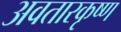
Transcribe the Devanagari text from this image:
अवतारकृष्ण